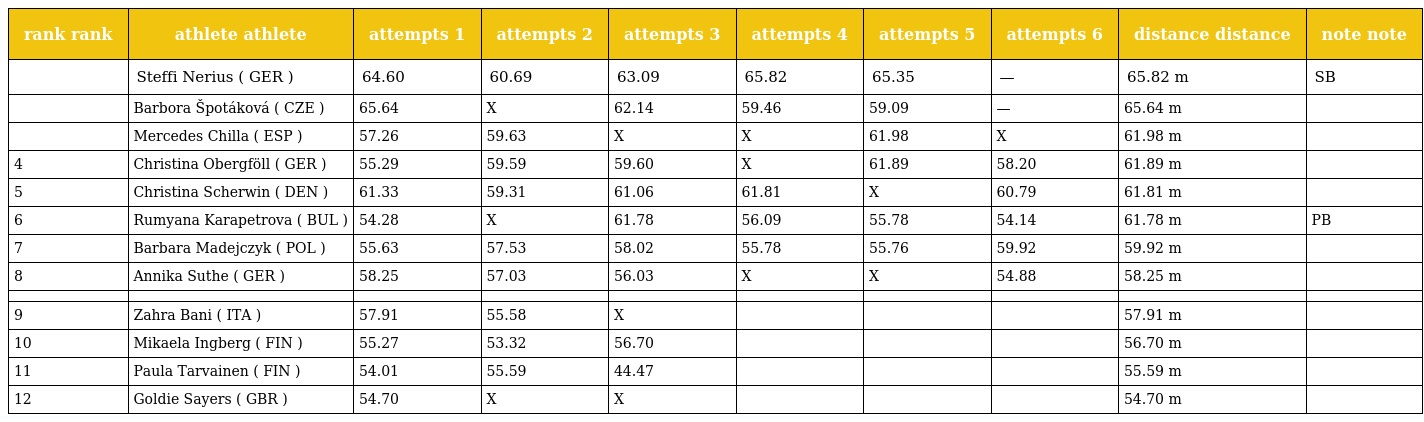
| rank rank | athlete athlete | attempts 1 | attempts 2 | attempts 3 | attempts 4 | attempts 5 | attempts 6 | distance distance | note note |
 | --- | --- | --- | --- | --- | --- | --- | --- | --- | --- |
 |  | Steffi Nerius ( GER ) | 64.60 | 60.69 | 63.09 | 65.82 | 65.35 | — | 65.82 m | SB |
 |  | Barbora Špotáková ( CZE ) | 65.64 | X | 62.14 | 59.46 | 59.09 | — | 65.64 m |  |
 |  | Mercedes Chilla ( ESP ) | 57.26 | 59.63 | X | X | 61.98 | X | 61.98 m |  |
 | 4 | Christina Obergföll ( GER ) | 55.29 | 59.59 | 59.60 | X | 61.89 | 58.20 | 61.89 m |  |
 | 5 | Christina Scherwin ( DEN ) | 61.33 | 59.31 | 61.06 | 61.81 | X | 60.79 | 61.81 m |  |
 | 6 | Rumyana Karapetrova ( BUL ) | 54.28 | X | 61.78 | 56.09 | 55.78 | 54.14 | 61.78 m | PB |
 | 7 | Barbara Madejczyk ( POL ) | 55.63 | 57.53 | 58.02 | 55.78 | 55.76 | 59.92 | 59.92 m |  |
 | 8 | Annika Suthe ( GER ) | 58.25 | 57.03 | 56.03 | X | X | 54.88 | 58.25 m |  |
 |  |  |  |  |  |  |  |  |  |  |
 | 9 | Zahra Bani ( ITA ) | 57.91 | 55.58 | X |  |  |  | 57.91 m |  |
 | 10 | Mikaela Ingberg ( FIN ) | 55.27 | 53.32 | 56.70 |  |  |  | 56.70 m |  |
 | 11 | Paula Tarvainen ( FIN ) | 54.01 | 55.59 | 44.47 |  |  |  | 55.59 m |  |
 | 12 | Goldie Sayers ( GBR ) | 54.70 | X | X |  |  |  | 54.70 m |  |